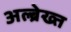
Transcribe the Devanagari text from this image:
अल्ब्रेख्त